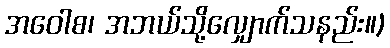
အဝေါစ၊ အဘယ်သို့လျှောက်သနည်း။)